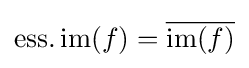
\operatorname {ess.im} (f)={\overline {\operatorname {im} (f)}}